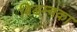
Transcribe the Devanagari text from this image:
बिडम्बका